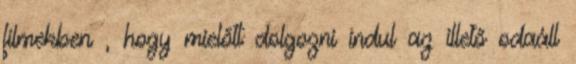
filmekben , hogy mielőtt dolgozni indul az illető odaáll